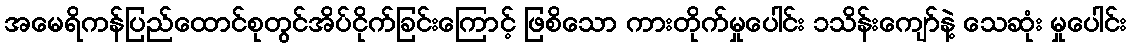
အမေရိကန်ပြည်ထောင်စုတွင်အိပ်ငိုက်ခြင်းကြောင့် ဖြစိသော ကားတိုက်မှုပေါင်း ၁သိန်းကျော်နဲ့ သေဆုံး မှုပေါင်း